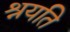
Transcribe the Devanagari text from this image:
श्रयति